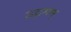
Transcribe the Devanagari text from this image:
उद्गगम्